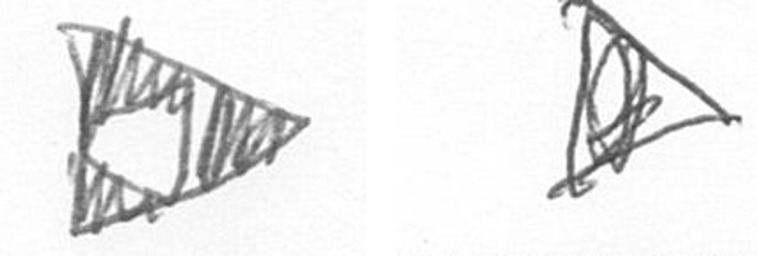
K O